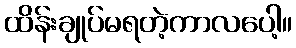
ထိန်းချုပ်မရတဲ့ကာလပေါ့။